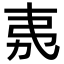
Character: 𭚨